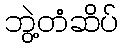
ဘွဲ့တံဆိပ်